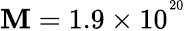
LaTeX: \mathbf{M}=1.9\times10^{^{20}}